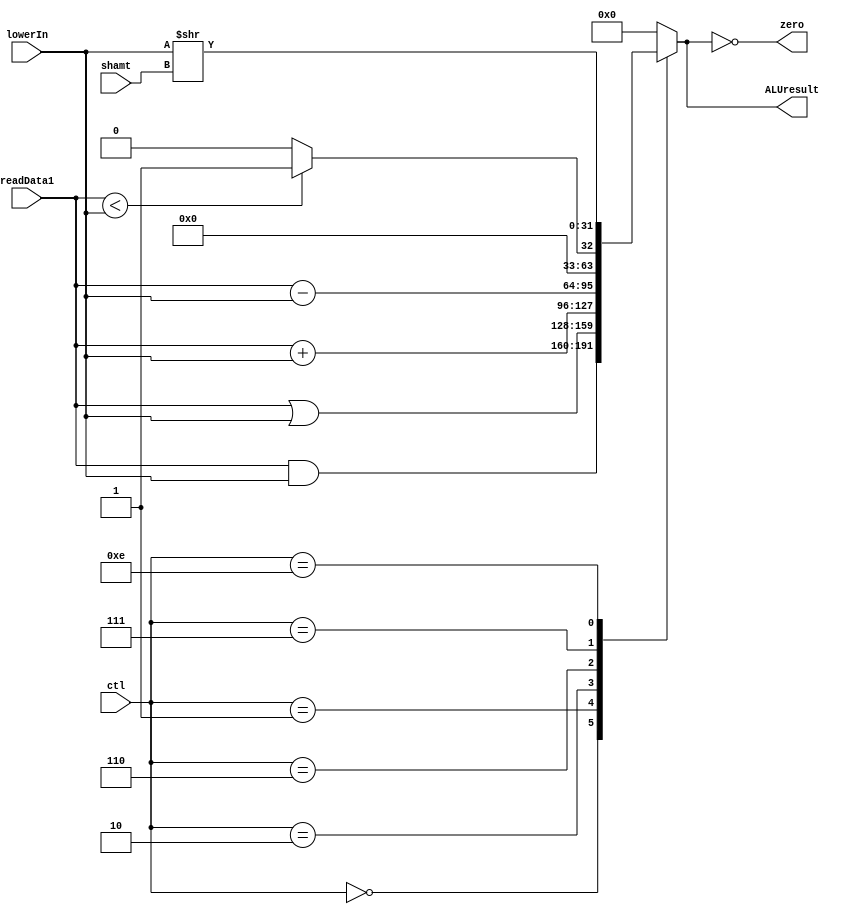
module MIPSALU (ctl, readData1, lowerIn, shamt, ALUresult, zero);
// lowerIn is the mux output

input [3:0] ctl;
input [31:0] readData1,lowerIn;
input [4:0] shamt;
output reg [31:0] ALUresult;
output zero;

// Zero flag equals 1. if the output equals zero
assign zero = (ALUresult == 0);

always @ (ctl, readData1, lowerIn)
 case(ctl)
	0:ALUresult <= readData1 & lowerIn;		//and
	1:ALUresult <= readData1 | lowerIn;		//or (ori)
	2:ALUresult <= readData1 + lowerIn;		//add (lw, sw, addi)
	6:ALUresult <= readData1 - lowerIn;		//sub (beq)
	7:ALUresult <= readData1 < lowerIn ? 1:0;	//slt
	//12:ALUresult <= ~ (readData1 | lowerIn);	//nor
	14:ALUresult <= lowerIn >> shamt;		//sll
	default:ALUresult <= 0;
 endcase
endmodule